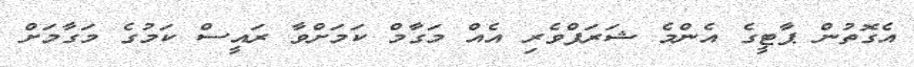
އެގޮތުން ޕާޓީގެ އެންމެ ޝަރަފްވެރި އެއް މަގާމް ކަމަށްވާ ރައީސް ކަމުގެ މަގާމަށް